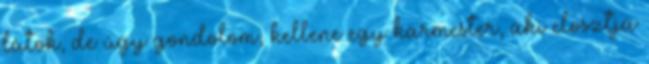
látok, de úgy gondolom, kellene egy karmester, aki elosztja